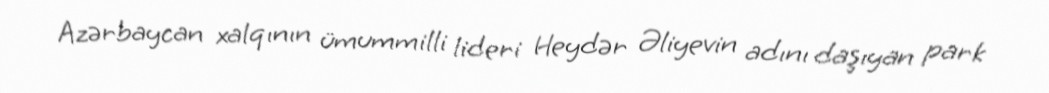
Azərbaycan xalqının ümummilli lideri Heydər Əliyevin adını daşıyan park